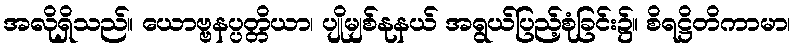
အလိုရှိသည်။ ယောဗ္ဗနပ္ပတ္တိယာ၊ ပျိုမျစ်နုနယ် အရွယ်ပြည့်စုံခြင်း၌။ စိရဋ္ဌိတိကာမာ၊